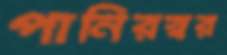
পানিরস্বর